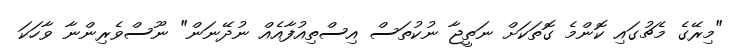
"މިރޭގެ މެޗުގައި ކޮންމެ ގޮތަކަށް ނަތީޖާ ނުކުތަސް އިސްތިއުފާއެއް ނުދޭނަން" ނޫސްވެރިންނާ ވާހަކަ